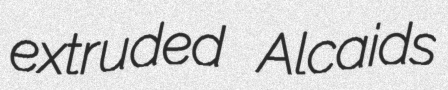
extruded Alcaids